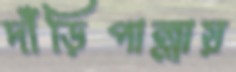
দাঁড়িপাল্লায়